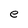
Character: e